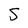
Character: 5